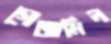
গোজামিল